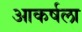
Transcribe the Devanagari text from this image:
आकर्षला